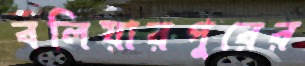
বলিয়ারপুরের